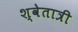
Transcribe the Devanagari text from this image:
श्वेतात्री